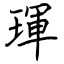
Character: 琿